Civil Veterinary Dept. North-West Frontier Province 1933-46 - 1933-1946
Year: 1933
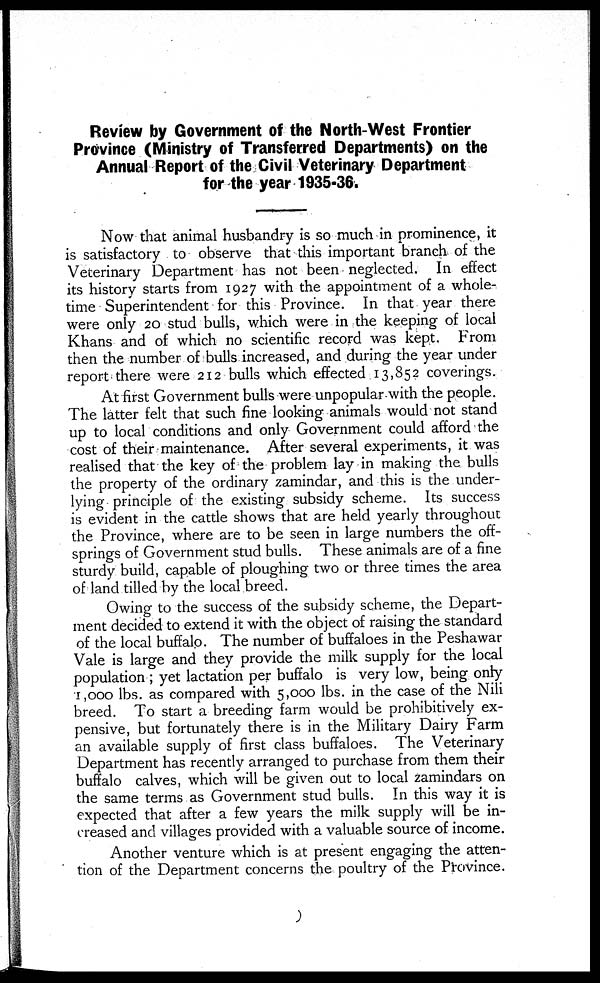
Review by Government of the North-West Frontier
Province (Ministry of Transferred Departments) on the
Annual Report of the Civil Veterinary Department
for the year 1935-36.
Now that animal husbandry is so much in prominence, it
is satisfactory to observe that this important branch of the
Veterinary Department has not been neglected. In effect
its history starts from 1927 with the appointment of a whole-
time Superintendent for this Province. In that year there
were only 20 stud bulls, which were in the keeping of local
Khans and of which no scientific record was kept. From
then the number of bulls increased, and during the year under
report there were 212 bulls which effected 13,852 coverings.
At first Government bulls were unpopular with the people.
The latter felt that such fine looking animals would not stand
up to local conditions and only Government could afford the
cost of their maintenance. After several experiments, it was
realised that the key of the problem lay in making the bulls
the property of the ordinary zamindar, and this is the under-
lying principle of the existing subsidy scheme. Its success
is evident in the cattle shows that are held yearly throughout
the Province, where are to be seen in large numbers the off-
springs of Government stud bulls. These animals are of a fine
sturdy build, capable of ploughing two or three times the area
of land tilled by the local breed.
Owing to the success of the subsidy scheme, the Depart-
ment decided to extend it with the object of raising the standard
of the local buffalo. The number of buffaloes in the Peshawar
Vale is large and they provide the milk supply for the local
population ; yet lactation per buffalo is very low, being only
1,000 lbs. as compared with 5,000 lbs. in the case of the Nili
breed. To start a breeding farm would be prohibitively ex-
pensive, but fortunately there is in the Military Dairy Farm
an available supply of first class buffaloes. The Veterinary
Department has recently arranged to purchase from them their
buffalo calves, which will be given out to local zamindars on
the same terms as Government stud bulls. In this way it is
expected that after a few years the milk supply will be in-
creased and villages provided with a valuable source of income.
Another venture which is at present engaging the atten-
tion of the Department concerns the poultry of the Province.